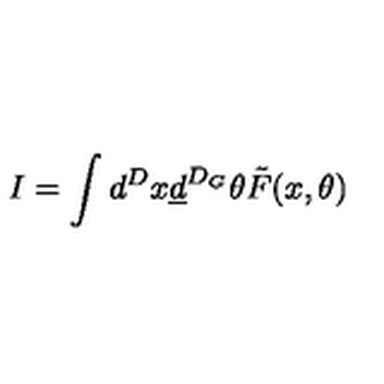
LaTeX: I = \int d ^ { D } x \underline { { d } } ^ { D _ { G } } \theta \tilde { F } ( x , \theta )